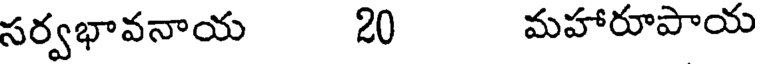
సర్వభావనాయ 20 మహారూపాయ